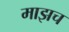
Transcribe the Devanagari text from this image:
माझच